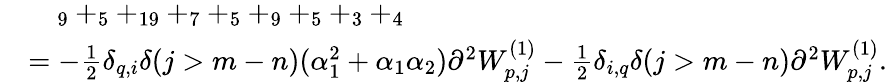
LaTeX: \begin{array}{rl}&{\quad_{9}+_{5}+_{19}+_{7}+_{5}+_{9}+_{5}+_{3}+_{4}}\\ &{=-\frac{1}{2}\delta_{q,i}\delta(j>m-n)(\alpha_{1}^{2}+\alpha_{1}\alpha_{2})\partial^{2}W_{p,j}^{(1)}-\frac{1}{2}\delta_{i,q}\delta(j>m-n)\partial^{2}W_{p,j}^{(1)}.}\end{array}